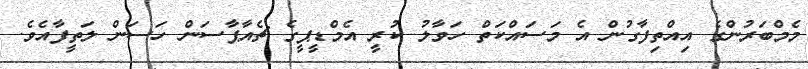
މެމްބަރުންގެ އިއްތިފާގުން އެ މަސައްކަތް ހަވާލު ކުރީ އެމްޑީޕީގެ ޗެއާޕާސަން ހަސަން ލަތީފާއެވެ.